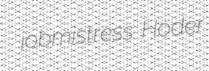
jobmistress Hoder